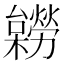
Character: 𣟽